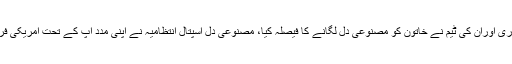
جس پر معروف ہارٹ ٹرانسپلانٹ سرجن ڈاکٹر پرویز چوہدری اوران کی ٹیم نے خاتون کو مصنوعی دل لگانے کا فیصلہ کیا، مصنوعی دل اسپتال انتظامیہ نے اپنی مدد آپ کے تحت امریکی فرم سے منگوایا تھا جو مریضہ کو بلا معاوضہ لگایا گیا ہے۔